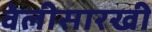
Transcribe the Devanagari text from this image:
वेलीसारखी